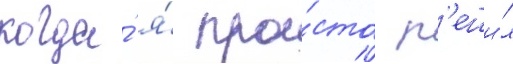
когда́ я́ про́сто р'еши́л